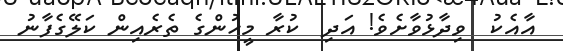
އާއެކު  ވިދާޅުވާށެވެ! އަދި  ކުރާ މީހުންގެ ތެރެއިން ކަލޭގެފާނު